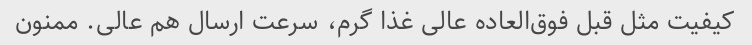
کیفیت مثل قبل فوق‌العاده عالی غذا گرم، سرعت ارسال هم عالی. ممنون